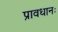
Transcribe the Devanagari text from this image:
प्रावधानः